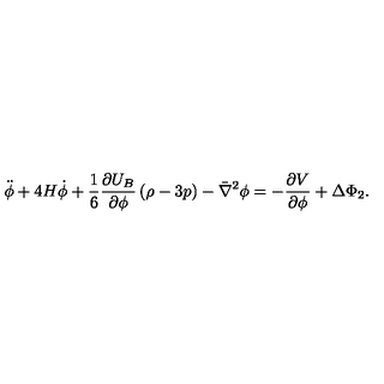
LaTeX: \ddot { \phi } + 4 H \dot { \phi } + \frac { 1 } { 6 } \frac { \partial U _ { B } } { \partial \phi } \left( \rho - 3 p \right) - \bar { \nabla } ^ { 2 } \phi = - \frac { \partial V } { \partial \phi } + \Delta \Phi _ { 2 } .